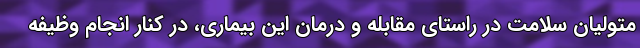
متولیان سلامت در راستای مقابله و درمان این بیماری، در کنار انجام وظیفه